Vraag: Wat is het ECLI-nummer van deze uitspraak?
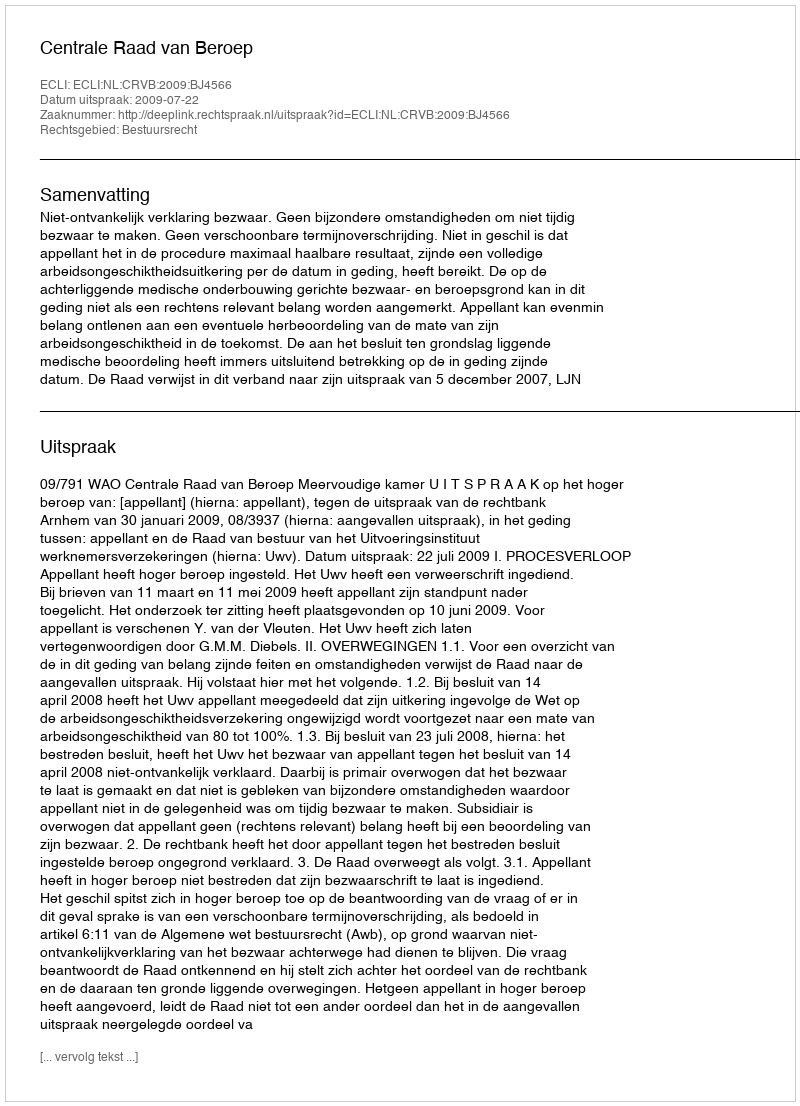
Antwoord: ECLI:NL:CRVB:2009:BJ4566